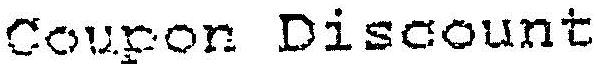
COUPON DISCOUNT